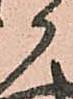
か